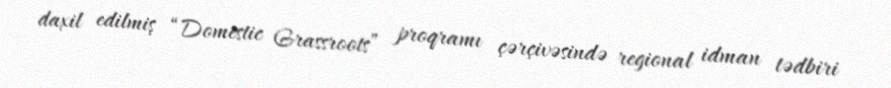
daxil edilmiş “Domestic Grassroots” proqramı çərçivəsində regional idman tədbiri